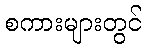
စကားများတွင်